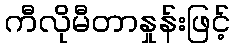
ကီလိုမီတာနှုန်းဖြင့်